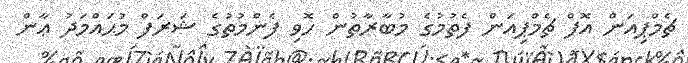
ޗެމްޕިއަން އޮފް ޗެމްޕިއަން ފެތުމުގެ މުބާރާތުން ހޮވި ފެންމުތުގެ ޝަރަފް މުޙައްމަދު ޢާން